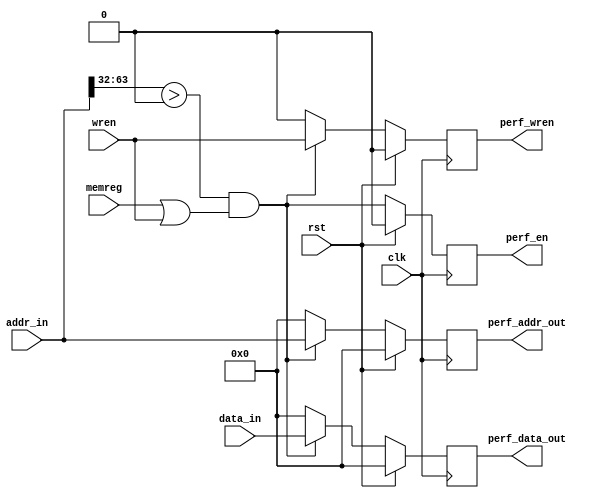
`timescale 1ns / 1ps
//////////////////////////////////////////////////////////////////////////////////
// Company: 
// Engineer: 
// 
// Design Name: 
// Module Name:    perf_interface 
// Project Name: 
// Target Devices: 
// Tool versions: 
// Description: 
//
// Dependencies: 
//
// Revision: 
// Revision 0.01 - File Created
// Additional Comments: 
//
//////////////////////////////////////////////////////////////////////////////////
module perf_interface(
    input memreg,
    input [63:0] addr_in,
    input [63:0] data_in,
    input wren,
    input clk,
    input rst,
    output [63:0] perf_data_out,
	 output [63:0] perf_addr_out,
	 output perf_wren,
	 output perf_en
    );
	 
	 reg perf_enabled;
	 assign perf_en = perf_enabled;
	 // Peripheral addresses are the upper half of memory - any of the upper 32 address bits set
	 assign perf_addr_used = (addr_in[63:32] > 32'd0) & (memreg | wren);
	 reg [63:0] perf_dout;
	 assign perf_data_out = perf_dout;
	 reg [63:0] perf_addrout;
	 assign perf_addr_out = perf_addrout;
	 reg perf_wren_out;
	 assign perf_wren = perf_wren_out;
	 
	 always @(posedge clk)
	 begin
		if (rst)
		begin
			perf_enabled <= 0;
		end
		else
		begin
			perf_enabled <= perf_addr_used;
		end
	 end
	 
	 always @(posedge clk)
	 begin
		if (rst)
		begin
			perf_dout <= 0;
			perf_addrout <= 0;
			perf_wren_out <= 0;
		end
		else
		begin
			if (perf_addr_used)
			begin
				perf_dout <= data_in;
				perf_addrout <= addr_in;
				perf_wren_out <= wren;
			end
			else
			begin
				perf_dout <= 0;
				perf_addrout <= 0;
				perf_wren_out <= 0;
			end
		end
	 end


endmodule